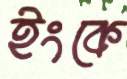
ইংকে